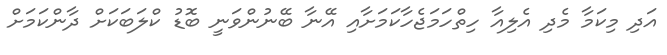
އަދި މިކަމާ މެދި އެލިއާ ހިތްހަމަޖެހާކަމަށާއި އޭނާ ބޭނުންވަނީ ބޮޑު ކްލަބަކަށް ދާންކަމަށް